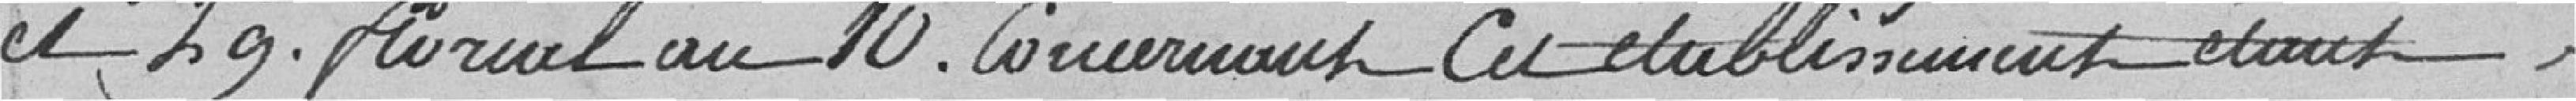
et 29 floral au 10 concernant cet établissement étant